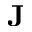
\mathbf { J }